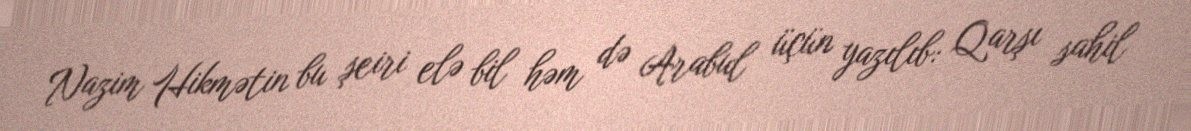
Nazim Hikmətin bu şeiri elə bil həm də Arabul üçün yazılıb: Qarşı sahil